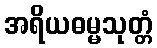
အရိယဓမ္မသုတ္တံ